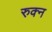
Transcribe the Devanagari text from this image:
रुक्न